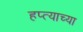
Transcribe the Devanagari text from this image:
हप्‍त्याच्या